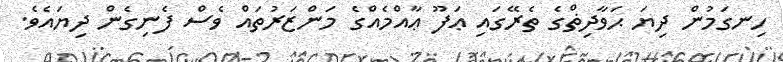
ހިނގަމުން ދިޔަ ޙަވާދިޡްގެ ތެރޭގައި ޢަފޫ ޢާއްމެއްގެ މަންޒަރުތައް ވެސް ފެނިގެން ދިޔައެވެ.